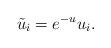
LaTeX: \begin{align*} \tilde{u}_i = e^{-u}u_i. \end{align*}